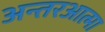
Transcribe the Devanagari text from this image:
अन्तरआत्मा